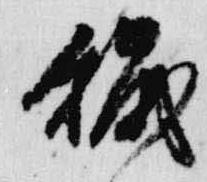
穢